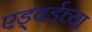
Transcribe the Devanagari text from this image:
एड्वर्डच्या